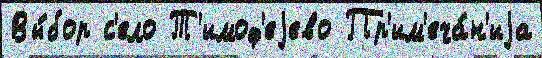
Вы́бор с'ело Т'имоф'еjево Пр'им'еча́н'иjа